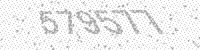
Solution: 579577